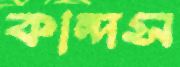
কান্দস